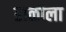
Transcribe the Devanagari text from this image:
डाळीला